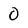
Character: 0